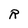
Character: R